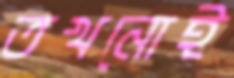
তখনোই